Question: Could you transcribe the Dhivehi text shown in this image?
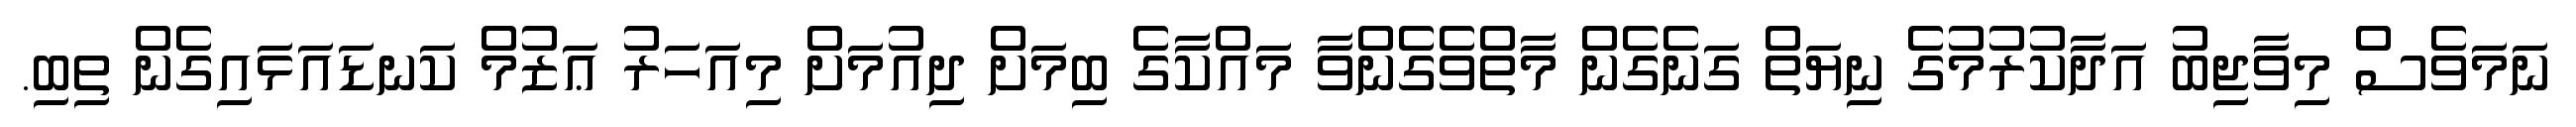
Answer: ނަމަވެސް މިވާޖިބު އަދާކުރުމުގެ ނިޔަތް ގަނެގެން މާތްވެގެންވާ މައްކާގެ ބިމަށް ދިއުމަށް މިއަހަރު ޢަޒުމް ކަނޑައަޅައިގެން ތިބި.